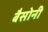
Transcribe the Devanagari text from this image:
बैसोनी